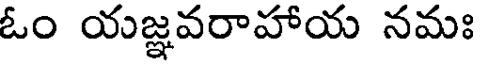
ఓం యజ్ఞవరాహాయ నమః